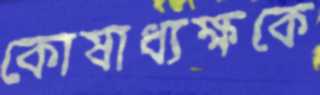
কোষাধ্যক্ষকে